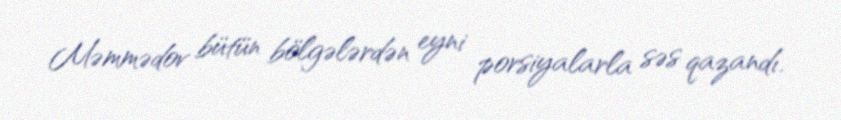
Məmmədov bütün bölgələrdən eyni porsiyalarla səs qazandı.